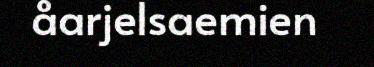
åarjelsaemien